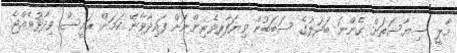
މާލީ ސިޔާސަތަށް ގެންނަ ބަދަލުގެ ސަބަބުން ވިޔަފާރިވެރިންނަށް ފައިދާވާނޭ ކަމަށް ރައީސް ވިދާޅުވެއްޖެ